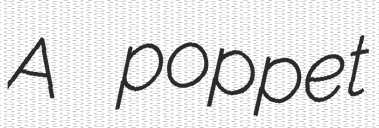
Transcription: A poppet